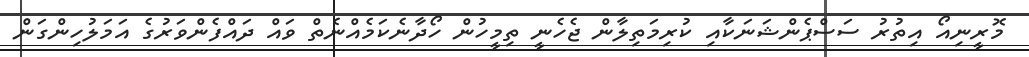
މޮރީނިއޯ އިތުރު ސަސްޕެންޝަނަކާއި ކުރިމަތިލާން ޖެހެނީ ތިމީހުން ހޯދާނެކަމެއްނެތް ވައް ދައްފެންވަރުގެ އަމަލުހިންގަން